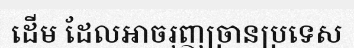
ដើម ដែលអាចរុញច្រានប្រទេស